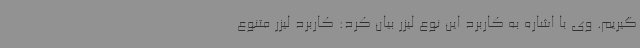
گیریم. وی با اشاره به کاربرد این نوع لیزر بیان کرد: کاربرد لیزر متنوع